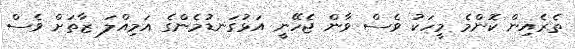
ތެރެއިން ކޮންމެ މީހަކު ވެސް ވާން ޖެހޭނީ އަޅުގަނޑުމެންގެ އަމިއްލަ ޒާތަށް ވެސް